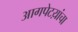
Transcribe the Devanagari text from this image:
आगपेटय़ांचा